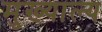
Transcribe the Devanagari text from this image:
मुख्याल्य